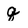
Character: q